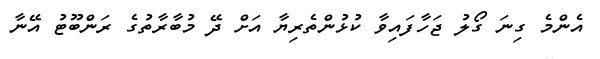
އެންމެ ގިނަ ގޯލު ޖަހާފައިވާ ކުޅުންތެރިޔާ އަށް ދޭ މުބާރާތުގެ ރަންބޫޓު އޭނާ